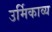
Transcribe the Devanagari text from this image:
उर्मिकाव्य